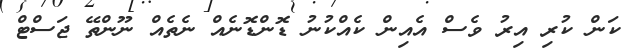
ކަން ކުރި އިރު ވެސް އެެއިން ކެއްކުނު ޑޮންޑޮނެއް ނެތެއް ނޫންތޭ ޖަސްޓް